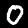
Digit: 0